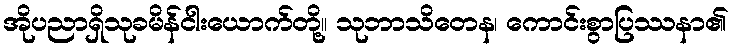
အိုပညာရှိသုခမိန်ငါးယောက်တို့။ သုဘာသိတေန၊ ကောင်းစွာပြဿနာ၏